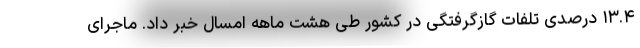
۱۳.۴ درصدی تلفات گازگرفتگی در کشور طی هشت ماهه امسال خبر داد. ماجرای